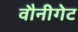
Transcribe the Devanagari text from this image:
वौनीगेट